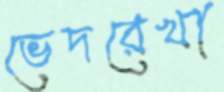
ভেদরেখা